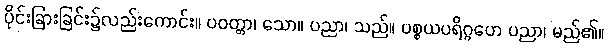
ပိုင်းခြားခြင်း၌လည်းကောင်း။ ပဝတ္တာ၊ သော။ ပညာ၊ သည်။ ပစ္စယပရိဂ္ဂဟေ ပညာ၊ မည်၏။